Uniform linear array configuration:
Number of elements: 8
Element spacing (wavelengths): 1
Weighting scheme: blackman
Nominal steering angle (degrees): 45
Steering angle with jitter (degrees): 44.05
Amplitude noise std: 0.05
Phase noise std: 0.05

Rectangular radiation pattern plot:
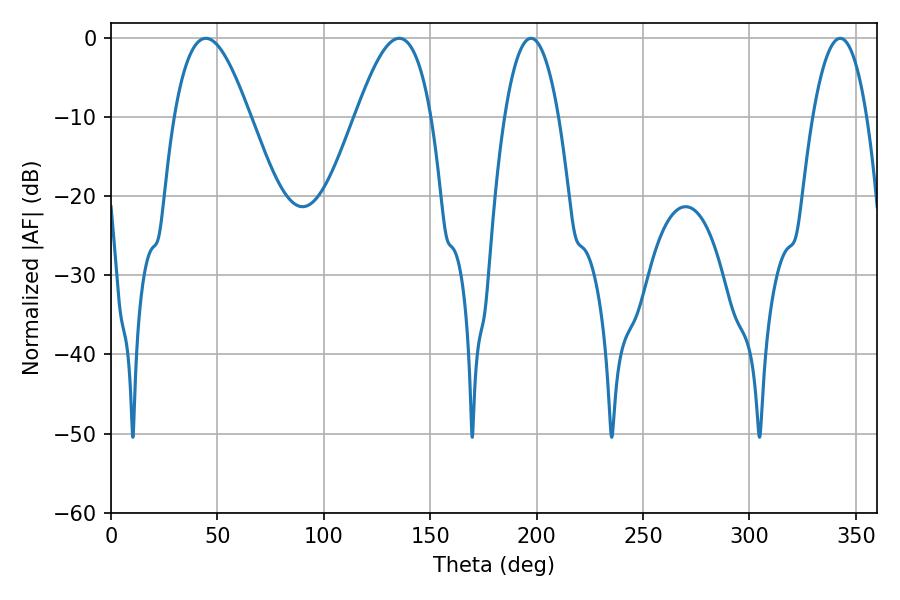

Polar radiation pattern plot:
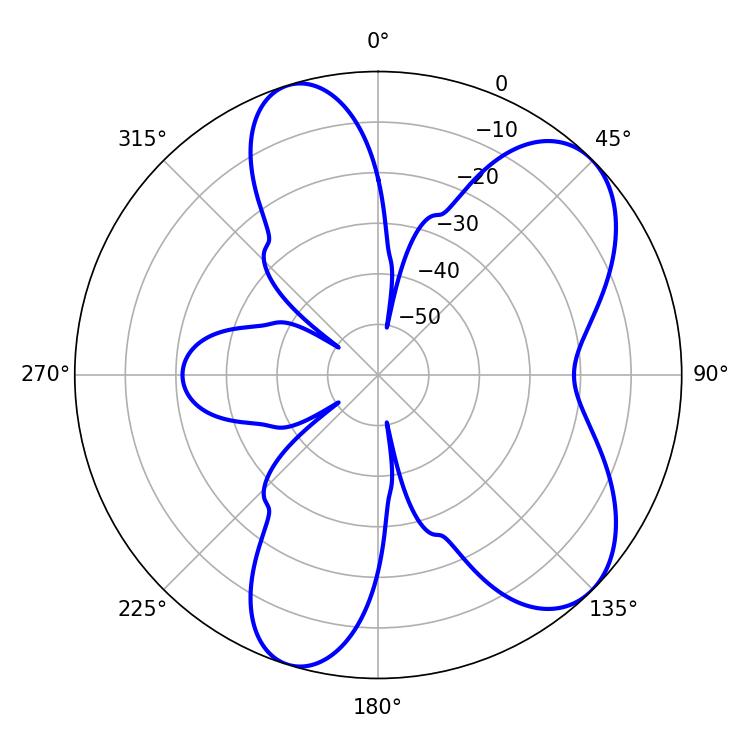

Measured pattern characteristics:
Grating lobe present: TRUE
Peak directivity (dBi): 7.327
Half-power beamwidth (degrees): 19.26
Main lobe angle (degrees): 44.64